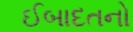
ઈબાદતનો